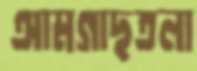
আমগাছতলা